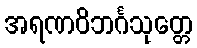
အရဏဝိဘင်္ဂသုတ္တေ